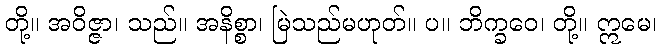
တို့။ အဝိဇ္ဇာ၊ သည်။ အနိစ္စာ၊ မြဲသည်မဟုတ်။ ပ။ ဘိက္ခဝေ၊ တို့။ ဣမေ၊